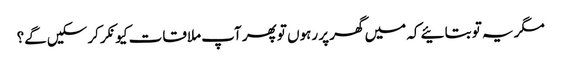
مگر یہ تو بتائیے کہ میں گھر پر رہوں تو پھر آپ ملاقات کیونکر کرسکیں گے؟